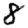
Digit: 8